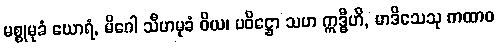
မစ္စုမုခံ ဃောရံ, မိဂေါ သီဟမုခံ ဝိယ၊ ပဝိဋ္ဌော သဟ ဣဒ္ဓီဟိ, မာဒိသေသု ကထာဝ